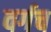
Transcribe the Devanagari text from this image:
वर्गच